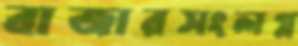
বাজারসংলগ্ন